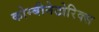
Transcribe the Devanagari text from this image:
कोम्बीनेटोरिक्स